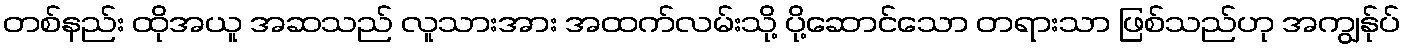
တစ်နည်း ထိုအယူ အဆသည် လူသားအား အထက်လမ်းသို့ ပို့ဆောင်သော တရားသာ ဖြစ်သည်ဟု အကျွန်ုပ်